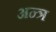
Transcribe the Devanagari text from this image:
अन्त्र